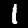
Digit: 1